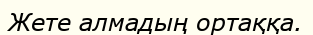
Жете алмадың ортаққа.